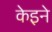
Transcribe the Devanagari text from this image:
केइने